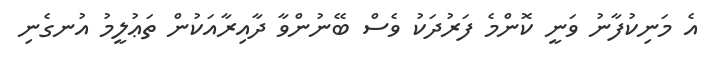
އެ މަނިކުފާނު ވަނީ ކޮންމެ ފަރުދަކު ވެސް ބޭނުންވާ ދާއިރާއަކުން ތަޢުލީމު އުނގެނި